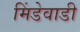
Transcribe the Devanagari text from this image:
मिंडेवाडी